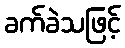
ခက်ခဲသဖြင့်